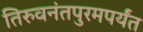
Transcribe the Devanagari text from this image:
तिरुवनंतपुरमपर्यंत